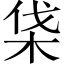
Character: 𣑡